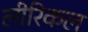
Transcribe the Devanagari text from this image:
लीरिकल